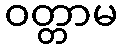
ဝတ္တာမ